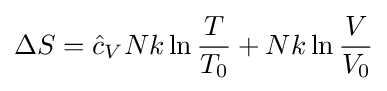
\Delta S={\hat {c}}_{V}Nk\ln {\frac {T}{T_{0}}}+Nk\ln {\frac {V}{V_{0}}}